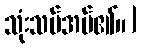
သုံးသပ်အပ်၏။]